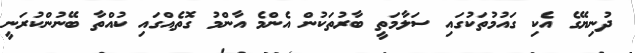
ދުނިޔޭގެ އެކި ގައުމުތަކުގައި ސަލާމަތީ ބާރުތަކުން އެންމެ އާންމު ގޮތެއްގައި ކުއްތާ ބޭނުންކުރަނީ